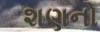
શણનો